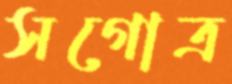
সগোত্র